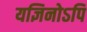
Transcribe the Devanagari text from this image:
यज्ञिनोऽपि